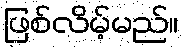
ဖြစ်လိမ့်မည်။